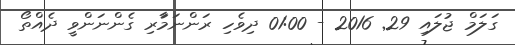
ގަލަމް ޖުލައި 29